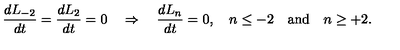
\frac { d L _ { - 2 } } { d t } = \frac { d L _ { 2 } } { d t } = 0 \quad \Rightarrow \quad \frac { d L _ { n } } { d t } = 0 , \quad n \le - 2 \quad \mathrm { a n d } \quad n \ge + 2 .